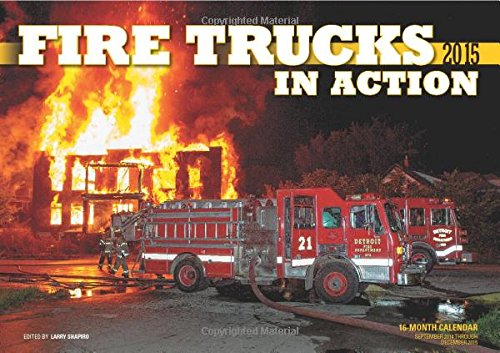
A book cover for Fire Trucks in Action 2015: 16-Month Calendar September 2014 through December 2015; Calendars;